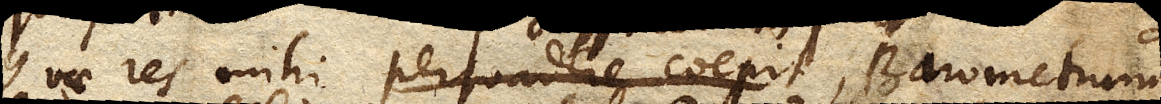
Quae res mihi persuadere coepit, Barometrum